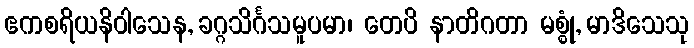
ဧကစရိယနိဝါသေန, ခဂ္ဂသိင်္ဂသမူပမာ၊ တေပိ နာတိဂတာ မစ္စုံ, မာဒိသေသု